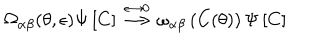
LaTeX: \Omega _ { \alpha \beta } ( \theta , \epsilon ) \Psi \left[ C \right] \stackrel { \epsilon \rightarrow 0 } { \longrightarrow } \omega _ { \alpha \beta } \left( C ( \theta ) \right) \Psi \left[ C \right]